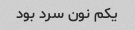
یکم نون سرد بود